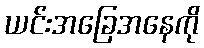
ယင်းအခြေအနေကို